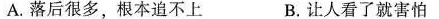
A.落后很多，根本追不上 B.让人看了就害怕